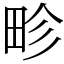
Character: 畛